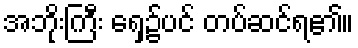
အဘိုးကြီး ရှေ့၌ပင် တပ်ဆင်ရ၏။